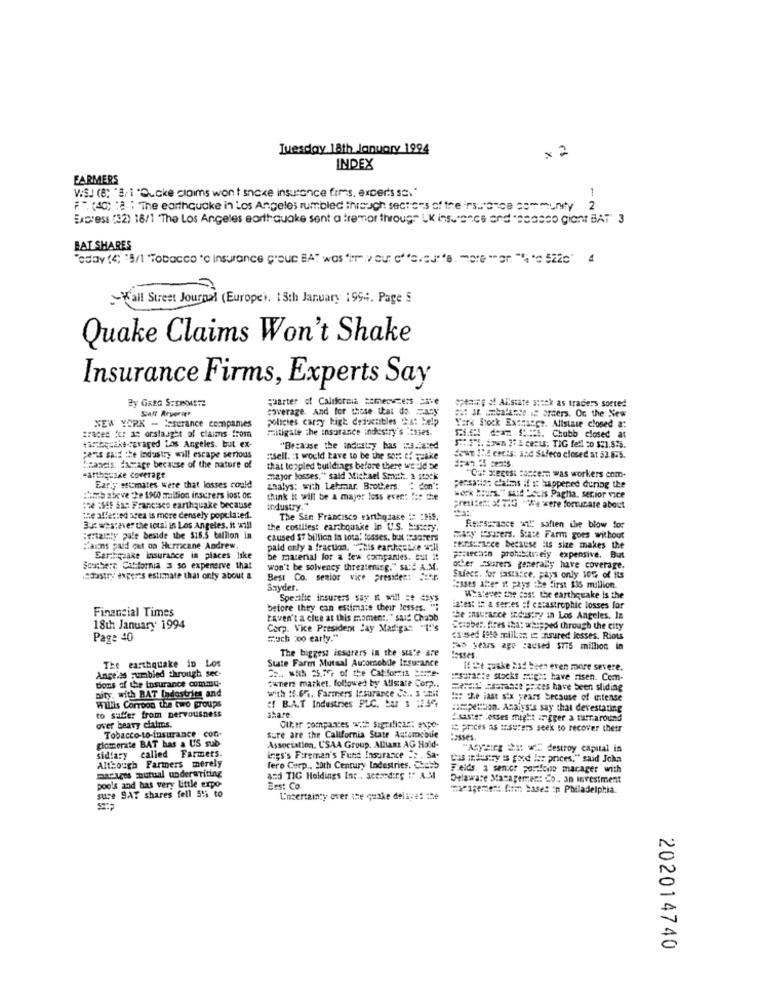
Tuesday 18th January 1994
x 2
INDEX
FARMERS
V:SJ (8: 'B. 1 "Gucke claims won't snicke insurance firms, experts sc."
1
F". (4C) :2 : The earthquake in Los Angeles rumbled through sectors of the insurance communty 2
Express (32) 18/1 "The Los Angeles earthquake sent a tremor through UK insurance and "Basso giant BAT" 3
BAT SHARES
Today (4) '5/1 "Tobacco tc insurance group BAT was "in" ou" c"ved"e. more "or "," 522' 4
-Wall Street Journal (Europe), 18th January 1994. Page 5
Quake Claims Won't Shake
Insurance Firms, Experts Say
y GREG STEINMETZ
Saff Aryeriet
coverage. And for those that do. Facy
quarter of California someowners save
opta :; o AEstate sosek as traders sorted
policies carry kigt drixables Ca: help
out ar aubalance is orders. Or the New
NEW YORK - Aserance companies
mitigate the insurance industry's :2sses.
York Stock Exchange. Allstate closed a:
traced fer a: orstaught of claims from
BIEN da S:t. Chubb closed at
tabquake-cgvaged Los Angeles. but ex-
"Because the industry has ins.fared
S"S"1. Exon 27.2 cents: TIG fell 20 $31.815.
pens sufithe industry will escape serious
itsell. : I would have to be the sons of cake
down Ia cects: and Safeco closed at 53.875.
Neancis. dasrage because of the nature of
that toppled buildings before there we Jd 5e
"Cat biggest concern was workers com-
earthquake coverage.
major losses," said Michael Smith, a stock
Early ssimates were that losses could
thalys: with Lehmar. Brothers. " don':
persario: claims if it happened during the
:imb above the 1900 maltion inscrers lost oc
think it will be a major loss even: !; r the
work hours." said "Suis Paglia, senior vice
:re :SEf Sa: Francisco earthquake because
industry."
president ! 11G "We were fortunare about
the affected scea is more densely populated.
The San Francisco earthquake != : 159.
But whatever the total in Los Angeles, it will
the costilest earthquake in U.S. Es:cry.
Reinsurance wil saften the blow for
"thanly pale beside the $15.5 billion in
caused $7 billion is total! fosses, bux : sarers
"Acy ="sigers. State Farm goes without
""aions paid cet on Hurricane Andrew.
paid only a fraction. "This earthestke well
Feinsurance because its size makes the
Sarahquake insurance in places like
be material for a few companies. But #:
Fischen prohibitreiy expensive. But
Southe:T Catfornia 3 so expensive that
won't be solvency threatening." si !! A.M.
ober "surers generaly have coverage.
soastry experes estimate that only about a
Best Co. senior vice president Jahn
Sufecc. for fastance. pays only 10% of its
Snyder.
desses after it pays the first $35 million.
Specific insurers say it will se days
Whatever the fast the earthquake Is the
Financial Times
before they can estimate their lesses. "i
latest in a series =f catastrophic losses for
raven't a clue at this moment,"said Chubb
the insurance industry in Los Angeles. In
18th January 1994
Corp. Vice President Jay Madigan "I:'s
Sciober, fires iha; whipped through the city
Page 40
Much 200 early."
csased 4910 million = Ensured losses. Riots
The biggest insurers in the sute are
No years ago caused $775 million in
State Farm Mutaal Automobile Insurance
The earthquake in L
11 :e quake had been even more severe.
Angelas rumbled through sec-
Dons of the insurance commu-
owners market, followed by Allstare Corp ..
insurance stocks might have risen. Com-
pity, with BAT ladestries and
with #.67. Farmers Insurance Ce .. 3 unit
=== > Saate prices have been sliding
Willis Corroon the two groups
##: the last six years because of intense
to suffer from nervousness
share
Cf B.A.T Industries PLC. tar 3 :236
:meution. Analys's say that devestating
# saster losses might irigger a murraround
over beavy claims.
Tobacco-to-insurance con.
sure are the California State Automobile
Other companies with significant expe-
18 prices as insurers seek to recover thetr
glomerate BAT has a US sub
Fosses
Association, USAA Group. Allianz AG Hald.
"Aggsier dit == destroy capital in
sidiary
called Farmers.
ings's Fireman's Fund Insurance .s . Sa.
Cas industry is good lar prices," said Joka
macares mutual underwriting
Although Farmers merely
fero Corp ., 20th Century Industries. Chubb
Felds. a senior portfolio marager with
and TIG Holdings Inc ., scereding to A.M
Delaware Macagermer: Co ., an investment
sure SAT shares fell 515 to
pools and has very little expo
Erst Co.
eigenen firm based in Philadelphia.
U'ncertainty over the quake delaget the
202014740